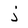
Character: j